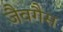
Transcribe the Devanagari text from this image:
जैवगैस